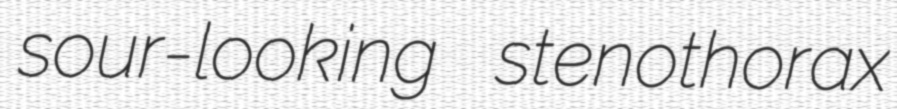
sour-looking stenothorax